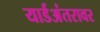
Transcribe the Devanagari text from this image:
यार्डअंतरावर